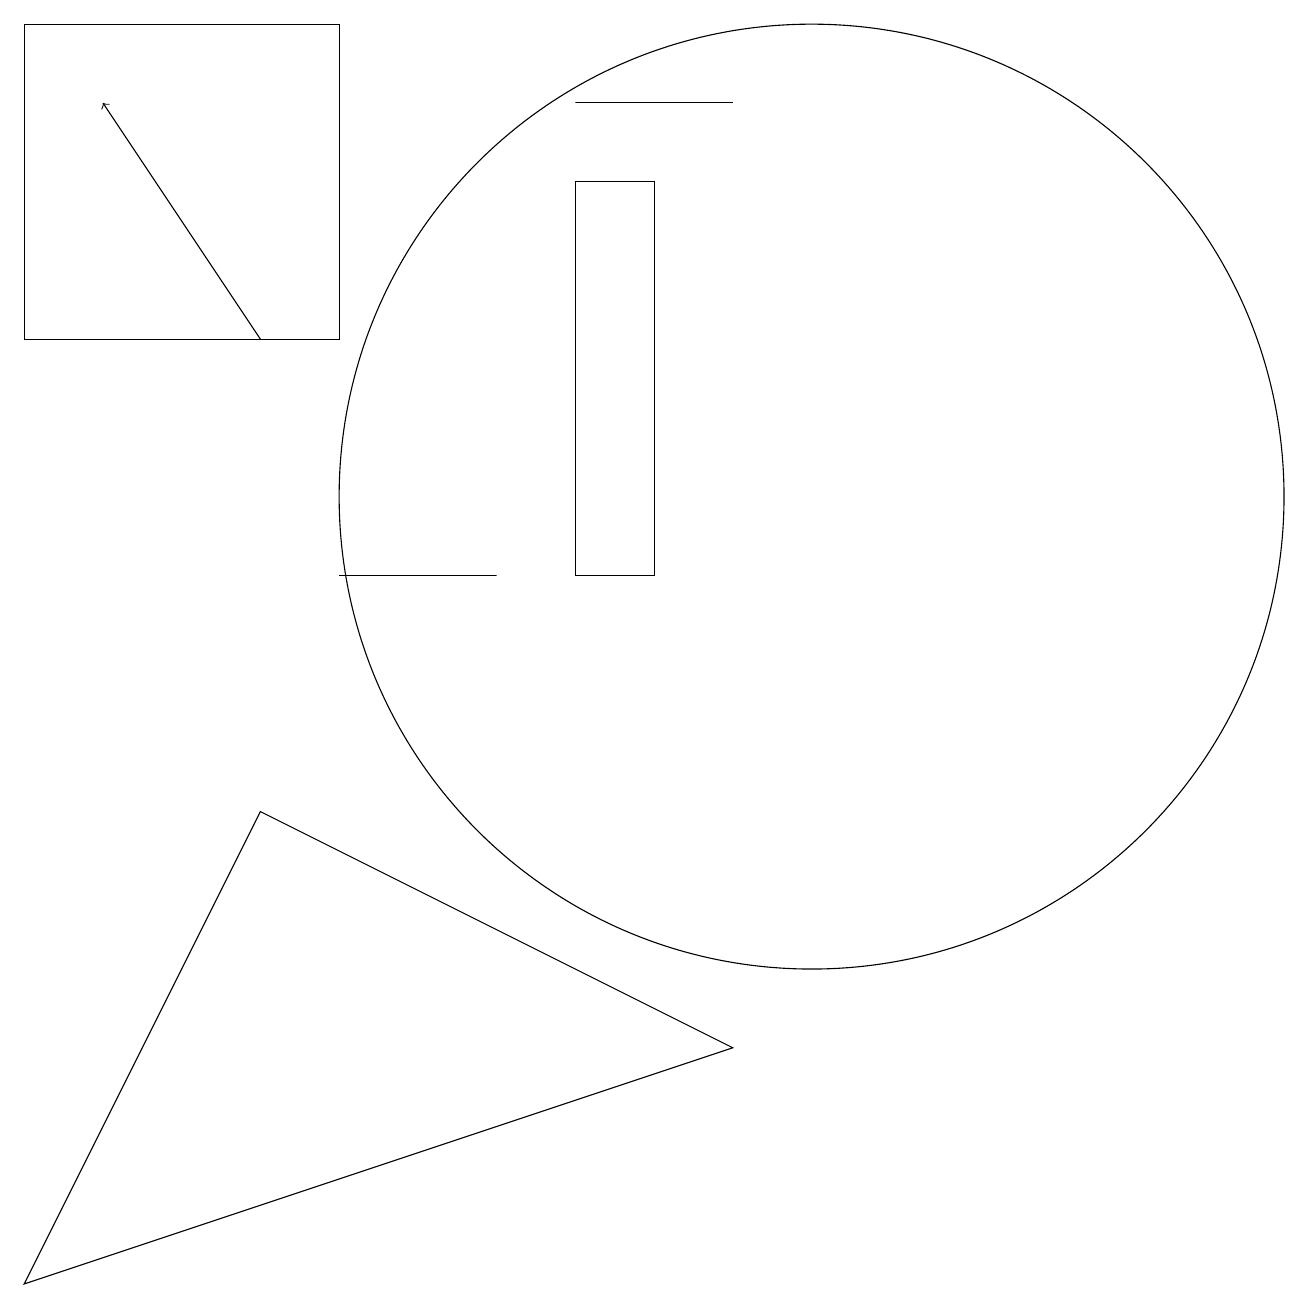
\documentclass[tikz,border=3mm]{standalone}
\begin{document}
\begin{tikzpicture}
\draw (3,8) -- (9,5) -- (0,2) -- cycle;
\draw (11,12) circle (0);
\draw[->] (3,14) -- (1,17);
\draw (6,11) rectangle (4,11);
\draw (7,11) rectangle (8,16);
\draw (4,14) rectangle (0,18);
\draw (9,17) rectangle (7,17);
\draw (10,12) circle (6);
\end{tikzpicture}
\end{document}